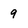
Character: 9